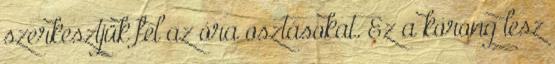
szerkesztjük fel az óra osztásokat. Ez a korong lesz